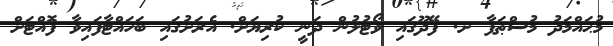
މުޙައްމަދު މުސްޠަފާ ށ. ފޭދޫގައި ވޯޓުލުން ދަނީ ކުރިޔަށް. އެރަށުގައި ބަހައްޓާފައިވާ ފޮއްޓަށް